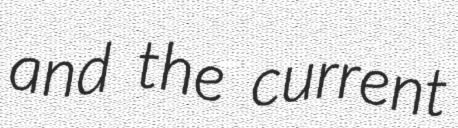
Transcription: and the current